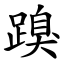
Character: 䠗